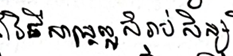
វិធីសាស្ត្រល្អសម្រាប់សិស្ស